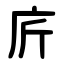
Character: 庍